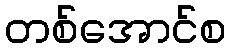
တစ်အောင်စ